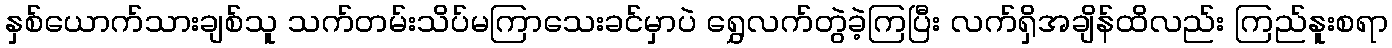
နှစ်ယောက်သားချစ်သူ သက်တမ်းသိပ်မကြာသေးခင်မှာပဲ ရွှေလက်တွဲခဲ့ကြပြီး လက်ရှိအချိန်ထိလည်း ကြည်နူးစရာ